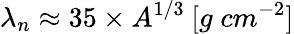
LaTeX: \lambda_{n}\approx 35\times A^{1/3}\: [g\; cm^{-2}]